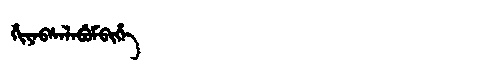
Manchu: ᡥᡳᠶᠠᠪᠰᠠᠯᠠᠪᡠᠮᠪᡳᡥᡝ
Romanization: HIYABSALABUMBIHE